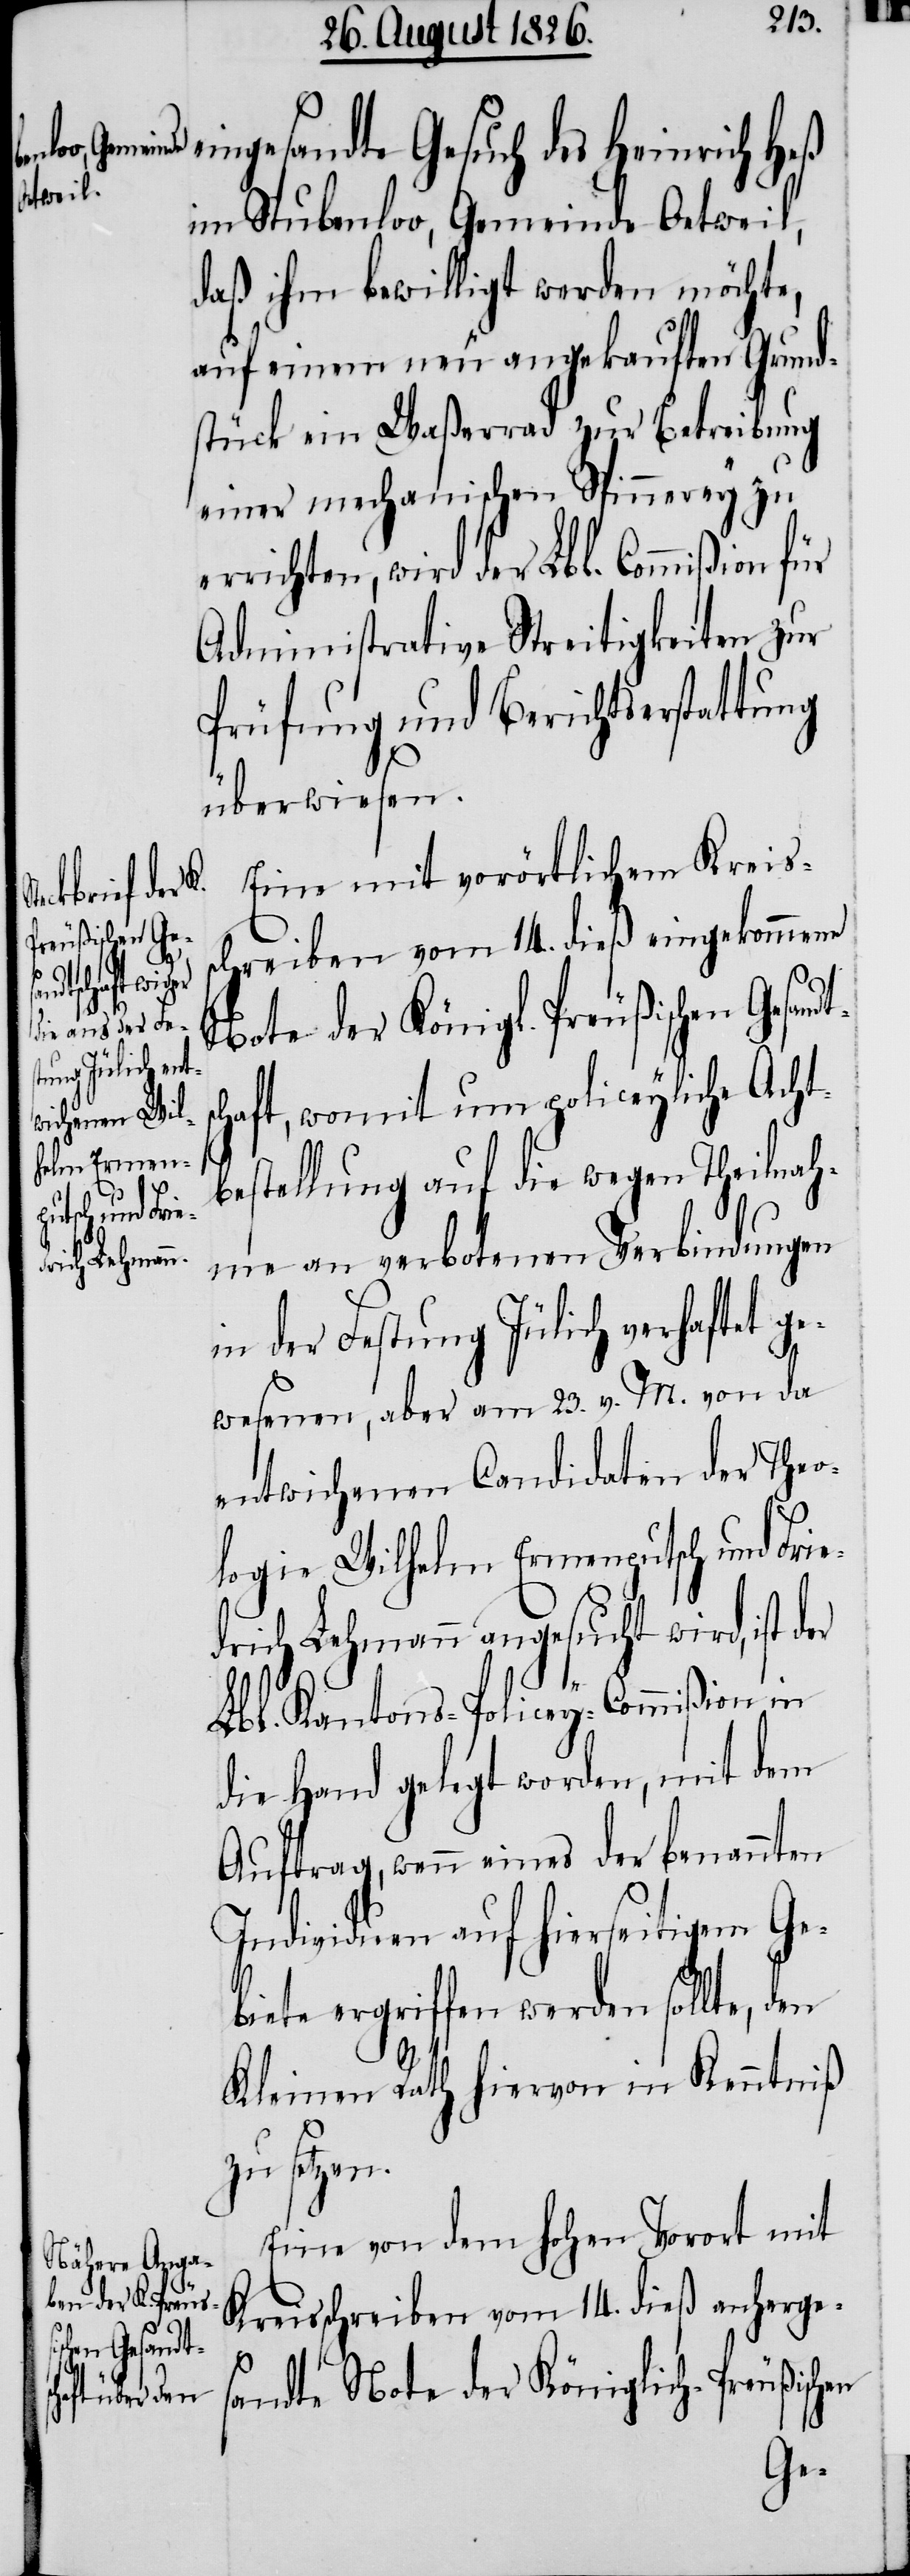
eingesandte Gesuch des Heinrich Heß
im Stubenloo, Gemeinde Oetweil,
daß ihm bewilligt werden möchte,
auf einem neu angekauften Grund¬
stück ein Waßerrad zur Betreibung
einer mechanischen Spinnerey zu
errichten, wird der Lbl. Commißion für
Administrative Streitigkeiten zur
Prüfung und Berichtserstattung
überwiesen.
Eine mit vorörtlichem Kreis¬
schreiben vom 14. dieß eingekommene
dts¬
Note der Königl. Preußischen Gesan¬
chaft, womit um policeyliche Acht¬
bestellung auf die wegen Theilnah¬
me an verbotenen Verbindungen
in der Festung Jülich verhaftet ge¬
wesenen, aber am 23. v. M. von da
entwichenen Candidaten der Theo¬
logie Wilhelm Ermenputsch und Frie¬
drich Lehmann angesucht wird, ist
Lbl. Kantons-Policey-Commißion in
die Hand gelegt, mit dem
Auftrag, wenn eines der benannten
Individuen auf hierseitigem Ge¬
biete ergriffen werden sollte, den
Kleinen Rath hiervon in Kenntniß
zu setzen.
Eine von dem hohen Vorort mit
Kreisschreiben vom 14. dieß anherge¬
sandte Note der Königlich-Preußischen